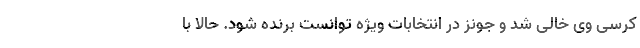
کرسی وی خالی شد و جونز در انتخابات ویژه توانست برنده شود. حالا با